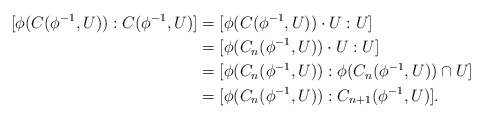
\begin{align*}[\phi(C(\phi^{-1},U)):C(\phi^{-1},U)]&=[\phi(C(\phi^{-1},U))\cdot U:U]\\&=[\phi(C_n(\phi^{-1},U))\cdot U:U]\\&=[\phi(C_n(\phi^{-1},U)):\phi(C_n(\phi^{-1},U))\cap U]\\&=[\phi(C_n(\phi^{-1},U)):C_{n+1}(\phi^{-1},U)].\end{align*}